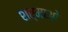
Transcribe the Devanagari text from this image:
शर्माओ